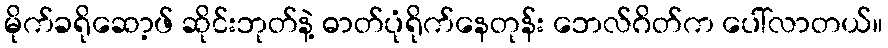
မိုက်ခရိုဆော့ဖ် ဆိုင်းဘုတ်နဲ့ ဓာတ်ပုံရိုက်နေတုန်း ဘေလ်ဂိတ်က ပေါ်လာတယ်။